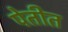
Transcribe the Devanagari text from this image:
पेतीत